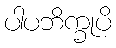
ပါပဘိက္ခုပိ